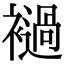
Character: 䙤